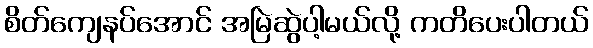
စိတ်ကျေနပ်အောင် အမြဲဆွဲပါ့မယ်လို့ ကတိပေးပါတယ်